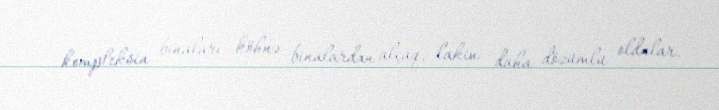
kompleksin binaları köhnə binalardan alçaq, lakin daha dözümlü oldular.